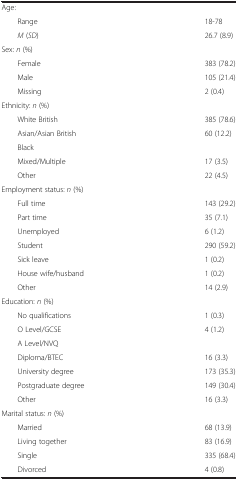
|  |  |
 | --- | --- |
 | Age: |  |
 | Range | 18-78 |
 | M (SD) | 26.7 (8.9) |
 | Sex: n (%) |  |
 | Female | 383 (78.2) |
 | Male | 105 (21.4) |
 | Missing | 2 (0.4) |
 | Ethnicity: n (%) |  |
 | White British | 385 (78.6) |
 | Asian/Asian British | 60 (12.2) |
 | Black |  |
 | Mixed/Multiple | 17 (3.5) |
 | Other | 22 (4.5) |
 | Employment status: n (%) |  |
 | Full time | 143 (29.2) |
 | Part time | 35 (7.1) |
 | Unemployed | 6 (1.2) |
 | Student | 290 (59.2) |
 | Sick leave | 1 (0.2) |
 | House wife/husband | 1 (0.2) |
 | Other | 14 (2.9) |
 | Education: n (%) |  |
 | No qualifications | 1 (0.3) |
 | O Level/GCSE | 4 (1.2) |
 | A Level/NVQ |  |
 | Diploma/BTEC | 16 (3.3) |
 | University degree | 173 (35.3) |
 | Postgraduate degree | 149 (30.4) |
 | Other | 16 (3.3) |
 | Marital status: n (%) |  |
 | Married | 68 (13.9) |
 | Living together | 83 (16.9) |
 | Single | 335 (68.4) |
 | Divorced | 4 (0.8) |